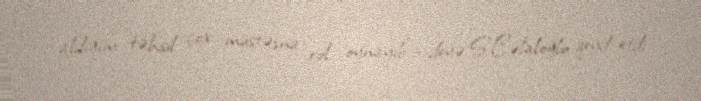
aldığım təhsil çox müstəsna rol oynayıb”,- deyə S.Cəlaloğlu qeyd etdi.